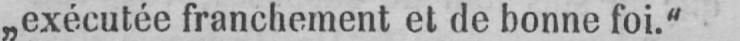
„exécutée franchement et de bonne foi.“